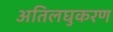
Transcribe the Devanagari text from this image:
अतिलघुकरण